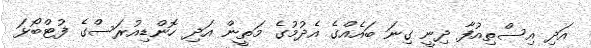
އަދި އިސްތިއުފާ ދިނީ ގިނަ ބައެއްގެ އެދުމުގެ މަތީން އަދި ހޮންޑިއުރަސްގެ ފުޓްބޯޅަ